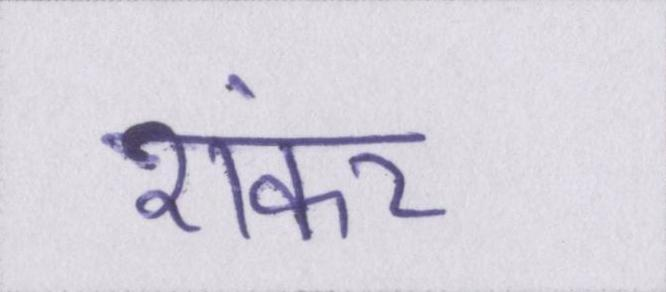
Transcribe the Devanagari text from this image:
शंकर